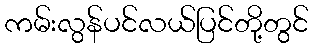
ကမ်းလွန်ပင်လယ်ပြင်တို့တွင်